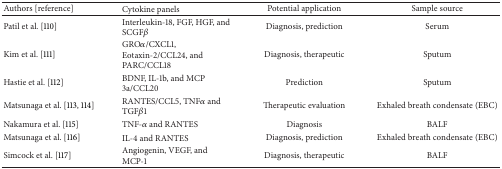
<table><thead><tr><td><b>Authors [reference]</b></td><td><b>Cytokine panels</b></td><td><b>Potential application</b></td><td><b>Sample source</b></td></tr></thead><tbody><tr><td>Patil et al. [110]</td><td>Interleukin-18, FGF, HGF, and SCGF<i>β</i></td><td>Diagnosis, prediction</td><td>Serum</td></tr><tr><td>Kim et al. [111]</td><td>GRO<i>α</i>/CXCL1, Eotaxin-2/CCL24, and PARC/CCL18</td><td>Diagnosis, therapeutic</td><td>Sputum</td></tr><tr><td>Hastie et al. [112]</td><td>BDNF, IL-1b, and MCP 3a/CCL20</td><td>Prediction</td><td>Sputum</td></tr><tr><td>Matsunaga et al. [113, 114]</td><td>RANTES/CCL5, TNF<i>α</i> and TGF<i>β</i>1</td><td>Therapeutic evaluation </td><td>Exhaled breath condensate (EBC)</td></tr><tr><td>Nakamura et al. [115]</td><td>TNF-<i>α</i> and RANTES</td><td>Diagnosis</td><td>BALF</td></tr><tr><td>Matsunaga et al. [116]</td><td>IL-4 and RANTES</td><td>Diagnosis, prediction</td><td>Exhaled breath condensate (EBC)</td></tr><tr><td>Simcock et al. [117]</td><td>Angiogenin, VEGF, and MCP-1</td><td>Diagnosis, therapeutic</td><td>BALF</td></tr></tbody></table>